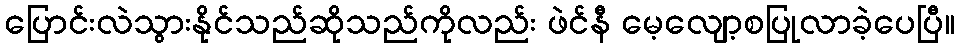
ပြောင်းလဲသွားနိုင်သည်ဆိုသည်ကိုလည်း ဖဲင်နီ မေ့လျော့စပြုလာခဲ့ပေပြီ။